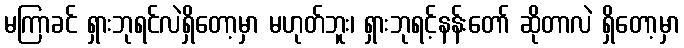
မကြာခင် ရှားဘုရင်လဲရှိတော့မှာ မဟုတ်ဘူး၊ ရှားဘုရင့်နန်းတော် ဆိုတာလဲ ရှိတော့မှာ